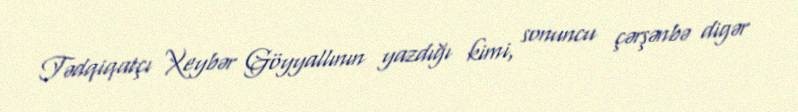
Tədqiqatçı Xeybər Göyyallının yazdığı kimi, sonuncu çərşənbə digər